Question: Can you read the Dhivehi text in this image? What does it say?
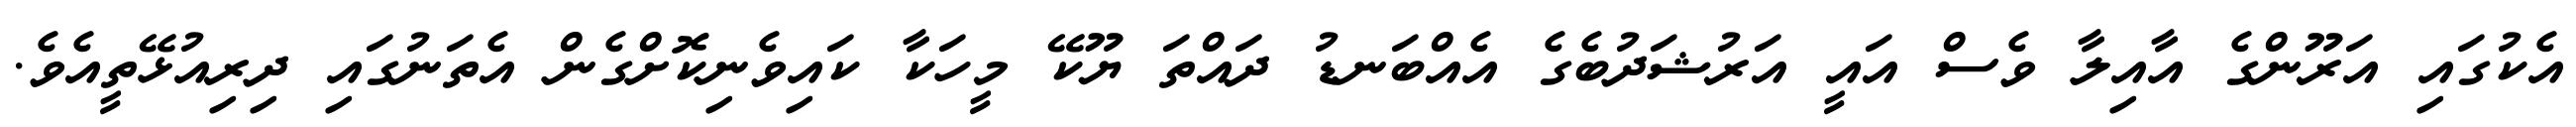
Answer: އެކުގައި އަރޫންގެ އާއިލާ ވެސް އައީ އަރުޝަދުބެގެ އެއްބަނޑު ދައްތަ ޔޫކޭ މީހަކާ ކައިވެނިކޮށްގެން އެތަނުގައި ދިރިއުޅޭތީއެވެ.